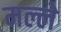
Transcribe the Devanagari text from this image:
मल्ले